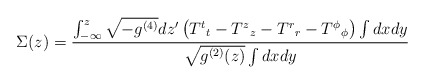
\begin{align*}\Sigma (z) = \frac{ \int_{-\infty}^{z} \sqrt{-g^{(4)}}dz' \left( {T^{t}}_{t}-{T^{z}}_{z}-{T^{r}}_{r}-{T^{\phi}}_{\phi} \right) \int dx dy } { \sqrt{g^{(2)}(z)} \int dx dy }\end{align*}